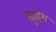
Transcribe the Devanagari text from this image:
ह्युइश